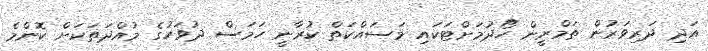
އަދި ދަރިވަރުން ތަމްރީން ހޯދުމަށްޓަކައި މަސައްކަތް ކުރާނީ ހަމަސް ދުވަހުގެ މުއްދަތަކަށް ކޮންމެ